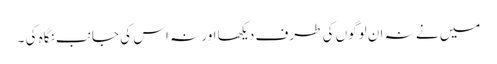
میں نے نہ ان لوگوں کی طرف دیکھا اور نہ اس کی جانب نگاہ کی ۔